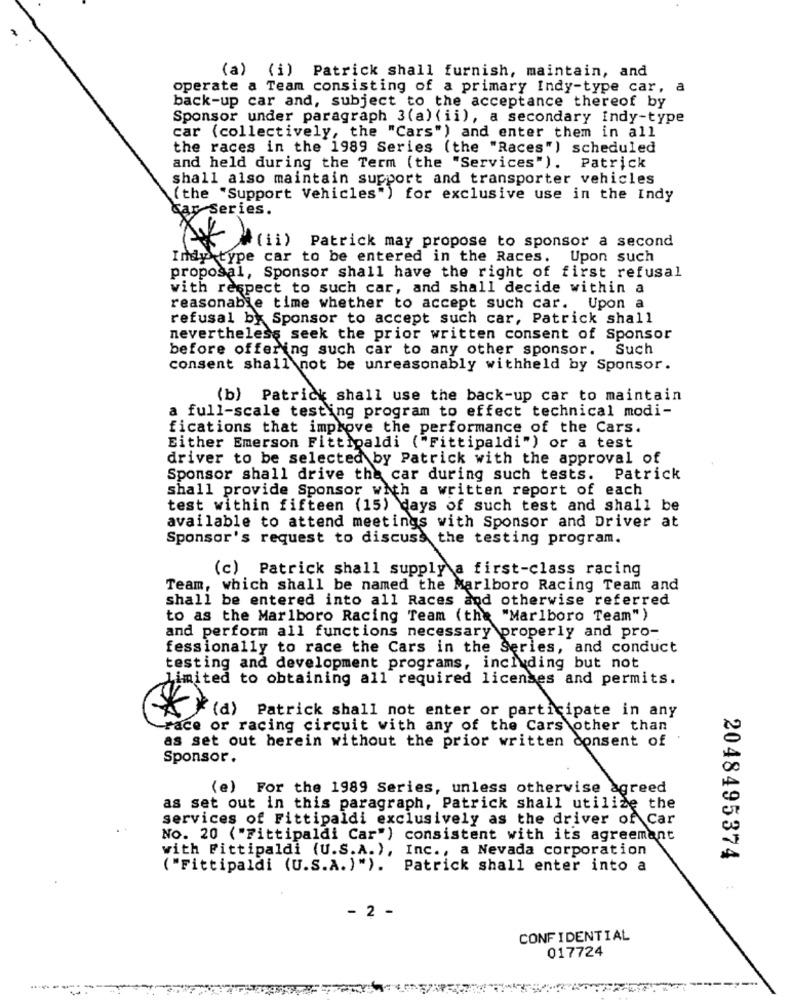
(a) (i) Patrick shall furnish, maintain, and
operate a Team consisting of a primary Indy-type car, a
back-up car and, subject to the acceptance thereof by
Sponsor under paragraph 3(a) (ii), a secondary Indy-type
car (collectively, the "Cars") and enter them in all
the races in the 1989 Series (the "Races") scheduled
and held during the Term (the "Services"). Patrick
shall also maintain support and transporter vehicles
( the "Support Vehicles") for exclusive use in the Indy
Sar Series.
"(ii) Patrick may propose to sponsor a second
Indy type car to be entered in the Races. Upon such
proposal, Sponsor shall have the right of first refusal
with respect to such car, and shall decide within a
reasonable time whether to accept such car. Upon a
refusal by Sponsor to accept such car, Patrick shall
nevertheless seek the prior written consent of Sponsor
before offering such car to any other sponsor. Such
consent shall not be unreasonably withheld by Sponsor.
(b) Patrick shall use the back-up car to maintain
a full-scale testing program to effect technical modi-
fications that improve the performance of the Cars.
Either Emerson Fittipaldi ("Fittipaldi") or a test
driver to be selected by Patrick with the approval of
Sponsor shall drive the car during such tests. Patrick
shall provide Sponsor with a written report of each
test within fifteen (15) days of such test and shall be
available to attend meetings with Sponsor and Driver at
Sponsor's request to discuss the testing program.
(c) Patrick shall supply a first-class racing
Team, which shall be named the Marlboro Racing Team and
shall be entered into all Races and otherwise referred
to as the Marlboro Racing Team (the "Marlboro Team")
and perform all functions necessary properly and pro-
fessionally to race the Cars in the Series, and conduct
testing and development programs, including but not
limited to obtaining all required licenses and permits.
(a) Patrick shall not enter or participate in any
race or racing circuit with any of the Cars other than
as set out herein without the prior written consent of
Sponsor.
(e) For the 1989 Series, unless otherwise agreed
as set out in this paragraph, Patrick shall utilize the
services of Fittipaldi exclusively as the driver of Car
No. 20 ( "Fittipaldi Car") consistent with its agreement
with Fittipaldi (U.S.A.), Inc ., a Nevada corporation
2048495374
( "Fittipaldi (U.S.A.)"). Patrick shall enter into a
- 2 -
CONFIDENTIAL
017724
----